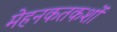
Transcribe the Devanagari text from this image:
मेहनकतकशों